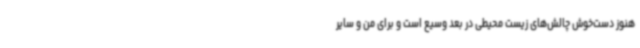
هنوز دست‌خوش چالش‌های زیست محیطی در بعد وسیع است و برای من و سایر